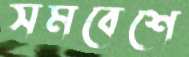
সমবেশে